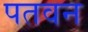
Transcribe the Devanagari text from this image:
पतवन